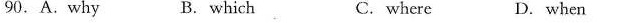
90.A.Why B.which C. where D.When